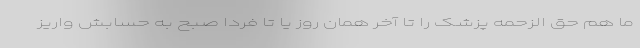
ما هم حق الزحمه پزشک را تا آخر همان روز یا تا فردا صبح به حسابش واریز